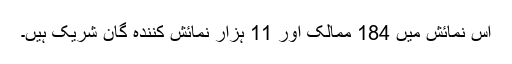
اس نمائش میں 184 ممالک اور 11 ہزار نمائش کنندہ گان شریک ہیں۔